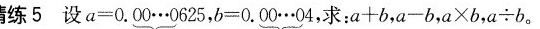
精炼5 设a = \underbrace { 0. 0 0 . . .0 6 2 5 }，b = \underbrace{ 0 . 0 0 . . . 0 4 }，求：$$a + b$$，$$a - b$$，$$a \times b$$，$$a \div b$$。